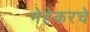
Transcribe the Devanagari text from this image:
मेहेकरचे